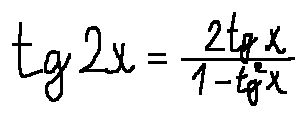
t g 2 x = \frac { 2 t g x } { 1 - t g ^ { 2 } x }